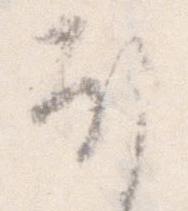
ほ